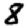
Digit: 8